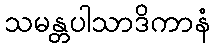
သမန္တပါသာဒိကာနံ